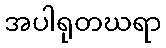
အပါရုတဃရာ